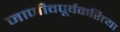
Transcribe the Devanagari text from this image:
जाणीवपूर्वकरित्या